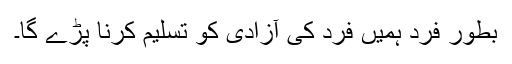
بطور فرد ہمیں فرد کی آزادی کو تسلیم کرنا پڑے گا۔